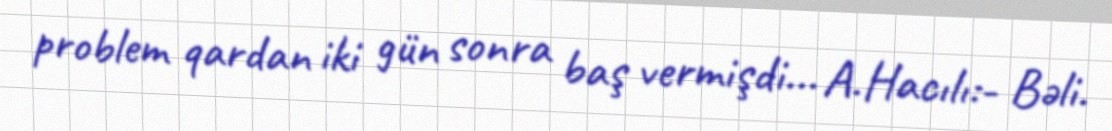
problem qardan iki gün sonra baş vermişdi... A.Hacılı:- Bəli.